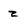
Character: z